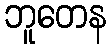
ဘူတေန